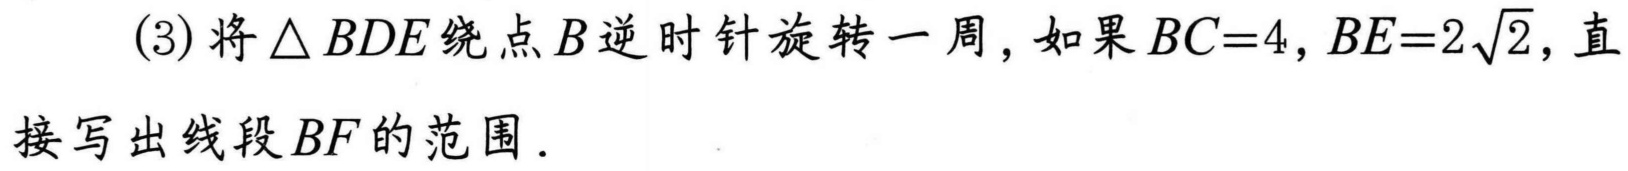
(3)将\(\triangle BDE\)绕点\(B\)逆时针旋转一周，如果\(BC = 4,BE = 2\sqrt{2}\)，直
接写出线段\(BF\)的范围.